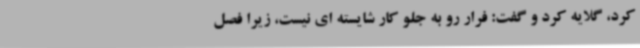
کرد، گلایه کرد و گفت: فرار رو به جلو کار شایسته ای نیست، زیرا فصل